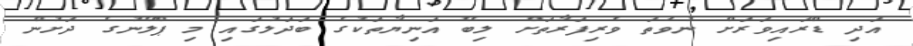
އަދި ޑްރައިވަރަށް ނުވަތަ ވެރިފަރާތަށް ލިބޭ އަނިޔާތަކުގެ ބަދަލުގައި މި ޕްލޭނުގެ ދަށުން